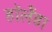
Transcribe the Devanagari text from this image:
हॉलैंडा